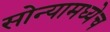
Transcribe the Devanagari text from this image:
सोन्यामध्येच